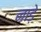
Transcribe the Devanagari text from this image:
नाड़े